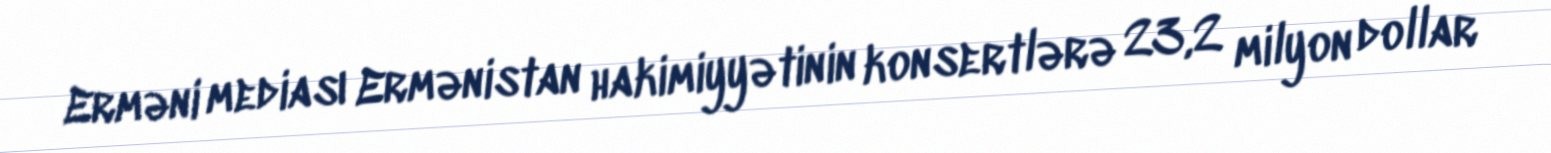
Erməni mediası Ermənistan hakimiyyətinin konsertlərə 23,2 milyon dollar